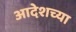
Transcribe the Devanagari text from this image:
आदेशच्या